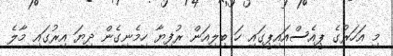
މި އަހަރުގެ ޕީއެސްއައިޕީގައި ހަ ބިލިއަން ރުފިޔާ ހިމެނިގެން ދިޔަ އިރުގައި މާލެ